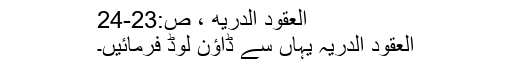
العقود الدريه ، ص:23-24
العقود الدریہ یہاں سے ڈاؤن لوڈ فرمائیں۔